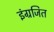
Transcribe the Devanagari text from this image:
इंग्रजित